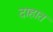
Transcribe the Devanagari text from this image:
दाहात